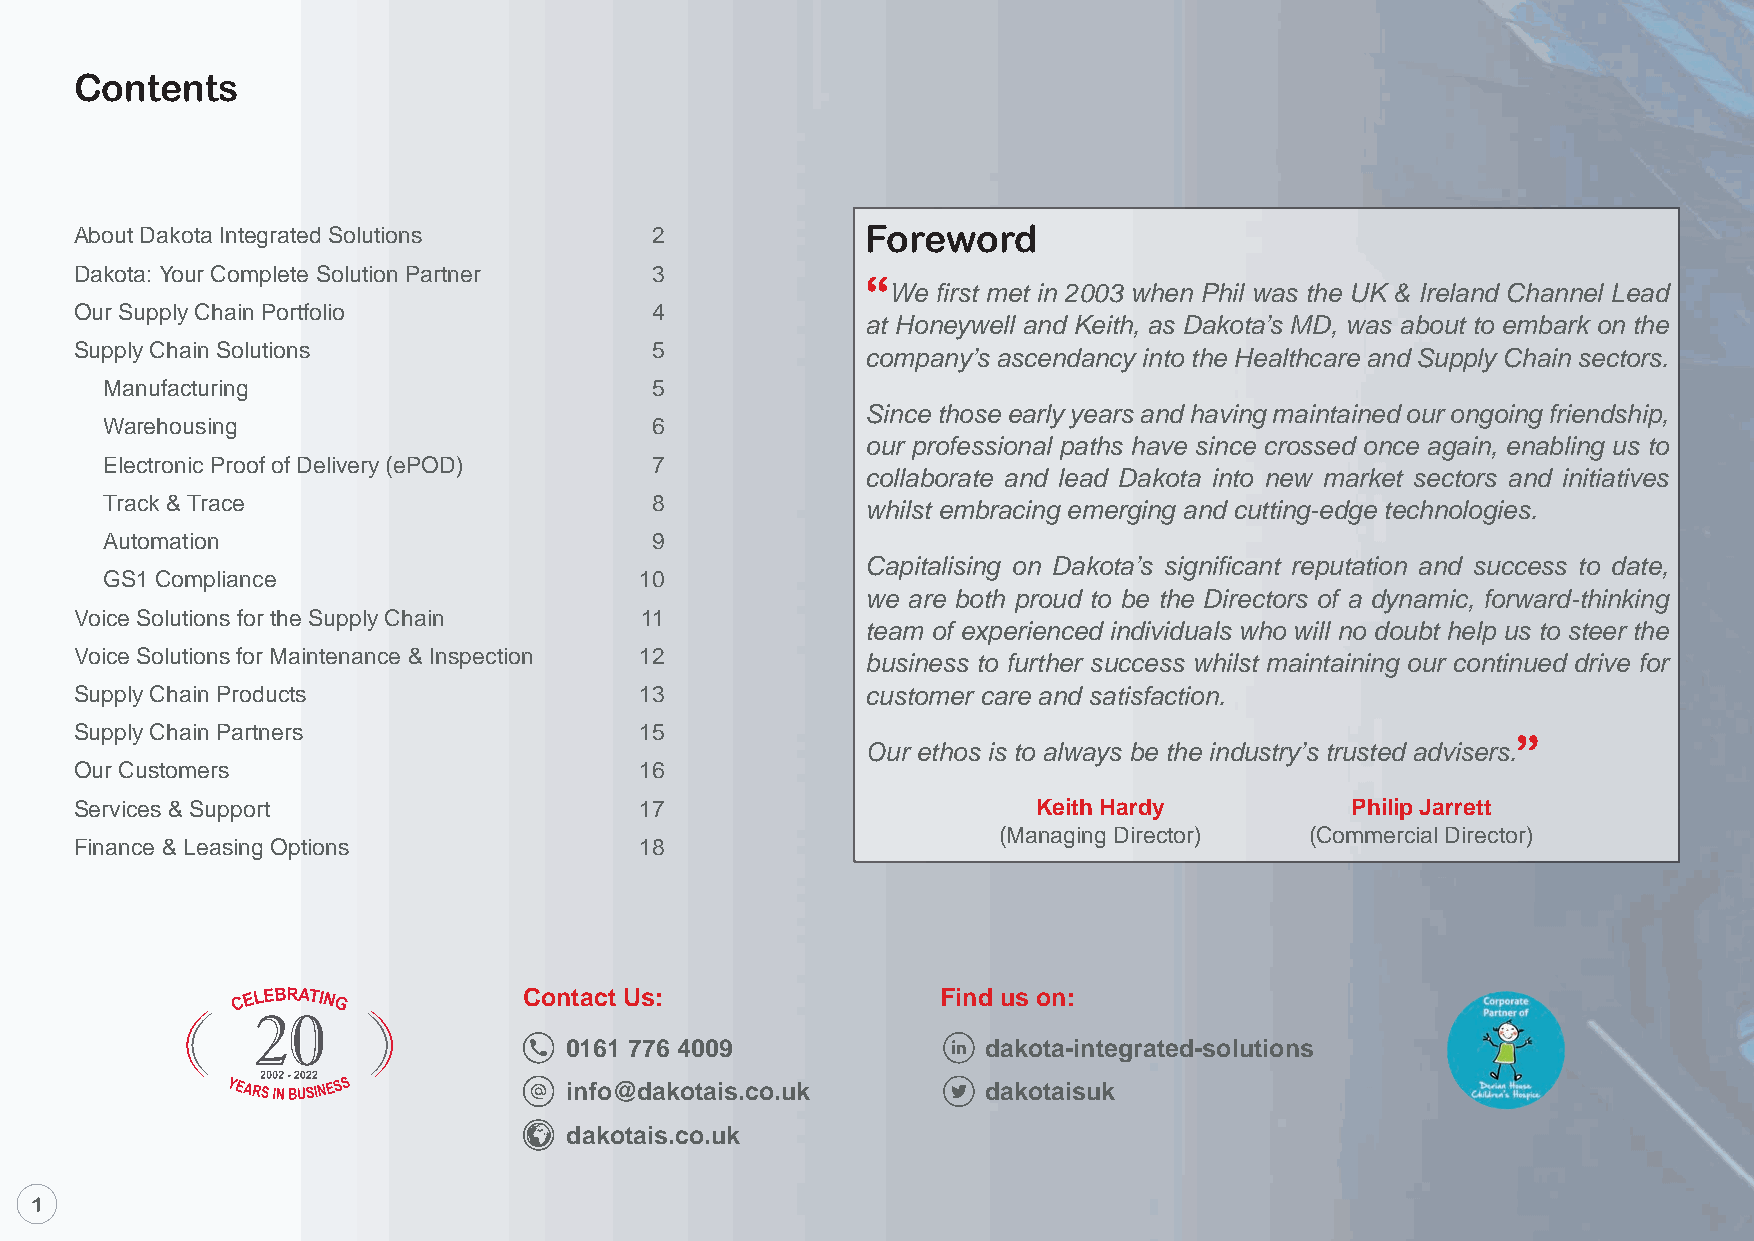
Contents
 About Dakota Integrated Solutions     2             Foreword
 Dakota: Your Complete Solution Partner 3
 “
 We first met in 2003 when Phil was the UK & Ireland Channel Lead
 Our Supply Chain Portfolio            4
 at Honeywell and Keith, as Dakota’s MD, was about to embark on the
 Supply Chain Solutions                5
 company’s ascendancy into the Healthcare and Supply Chain sectors.
 Manufacturing                       5
 Since those early years and having maintained our ongoing friendship,
 Warehousing                         6
 our professional paths have since crossed once again, enabling us to
 Electronic Proof of Delivery (ePOD) 7
 collaborate and lead Dakota into new market sectors and initiatives
 Track & Trace                       8
 whilst embracing emerging and cutting-edge technologies.
 Automation                          9
 Capitalising on Dakota’s significant reputation and success to date,
 GS1 Compliance                     10
 we are both proud to be the Directors of a dynamic, forward-thinking
 Voice Solutions for the Supply Chain 11
 team of experienced individuals who will no doubt help us to steer the
 Voice Solutions for Maintenance & Inspection 12
 business to further success whilst maintaining our continued drive for
 Supply Chain Products                13             customer care and satisfaction.
 Supply Chain Partners                15
 ”
 Our ethos is to always be the industry’s trusted advisers.
 Our Customers                        16
 Services & Support                   17                         Keith Hardy         Philip Jarrett
 (Managing Director)  (Commercial Director)
 Finance & Leasing Options            18
 Contact Us:                Find us on:
 0161 776 4009               dakota-integrated-solutions
 info@dakotais.co.uk         dakotaisuk
 dakotais.co.uk
 1